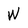
Character: W